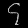
Digit: ၄